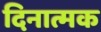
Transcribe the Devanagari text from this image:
दिनात्मक